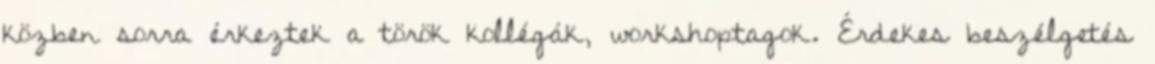
közben sorra érkeztek a török kollégák, workshoptagok. Érdekes beszélgetés